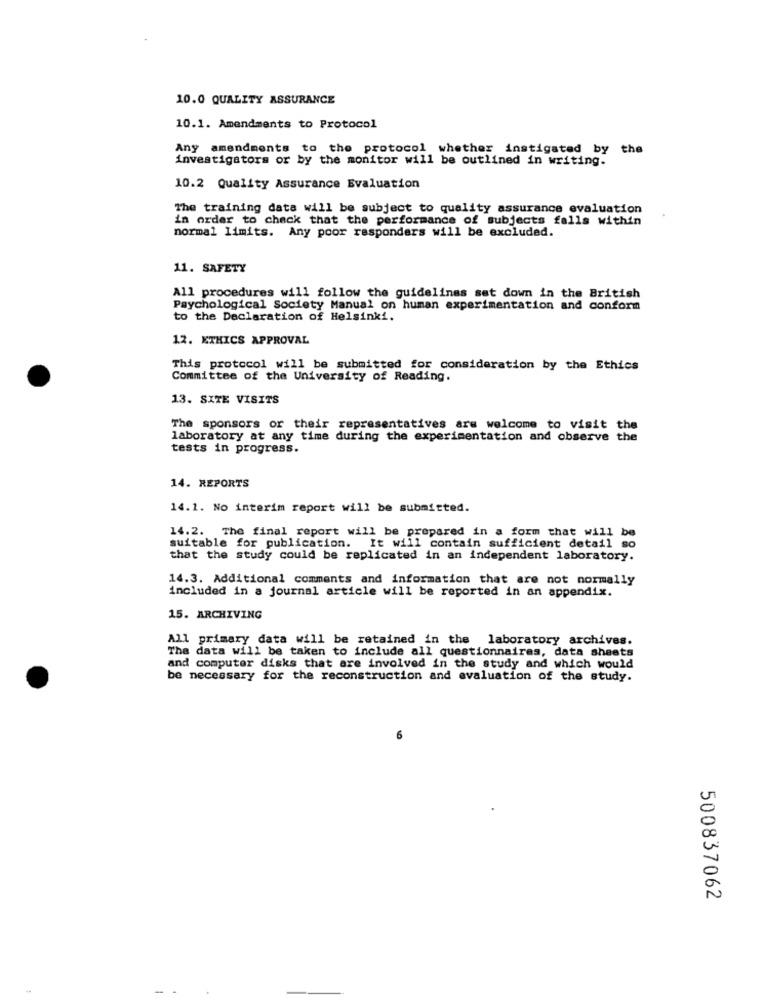
10.0 QUALITY ASSURANCE
10.1. Amendments to Protocol
Any amendments to the protocol whether instigated by the
investigators or by the monitor will be outlined in writing.
10.2 Quality Assurance Evaluation
The training data will be subject to quality assurance evaluation
in order to check that the performance of subjects falls within
normal limits. Any poor responders will be excluded.
11. SAFETY
All procedures will follow the guidelines set down in the British
Psychological Society Manual on human experimentation and conform
to the Declaration of Helsinki.
12. ETHICS APPROVAL
This protocol will be submitted for consideration by the Ethics
Committee of the University of Reading.
13. SITE VISITS
The sponsors or their representatives are welcome to visit the
laboratory at any time during the experimentation and observe the
tests in progress.
14. REPORTS
14.1. No interim report will be submitted.
14.2. The final report will be prepared in a form that will be
suitable for publication. It will contain sufficient detail so
that the study could be replicated in an independent laboratory.
14.3. Additional comments and information that are not normally
included in a journal article will be reported in an appendix.
15. ARCHIVING
All primary data will be retained in the laboratory archives.
The data will be taken to include all questionnaires, data sheets
and computer disks that are involved in the study and which would
be necessary for the reconstruction and evaluation of the study.
500837062